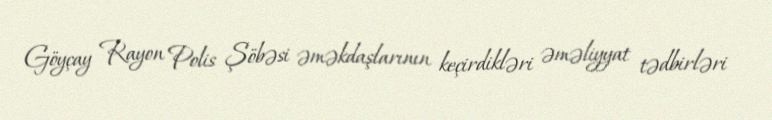
Göyçay Rayon Polis Şöbəsi əməkdaşlarının keçirdikləri əməliyyat tədbirləri